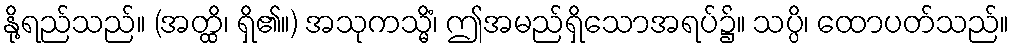
နို့ရည်သည်။ (အတ္ထိ၊ ရှိ၏။) အသုကသ္မိံ၊ ဤအမည်ရှိသောအရပ်၌။ သပ္ပိ၊ ထောပတ်သည်။